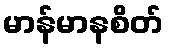
မာန်မာနစိတ်